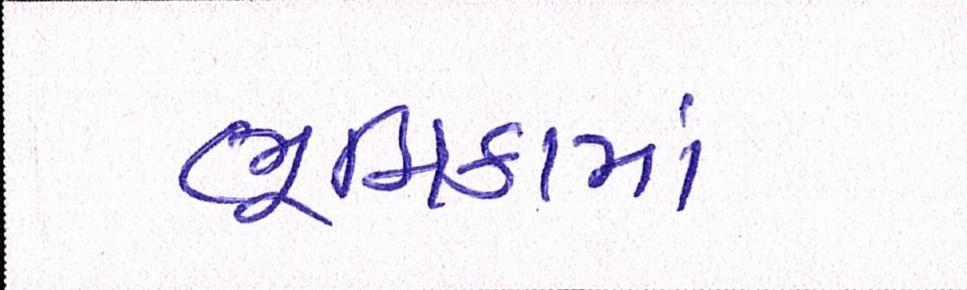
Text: ભૂમિકામાં